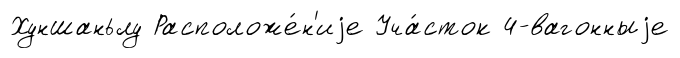
Хуншаньлу Расположе́н'иjе Уча́сток 4-вагонныjе